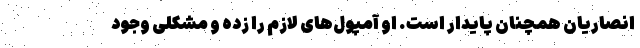
انصاریان همچنان پایدار است. او آمپول‌های لازم را زده و مشکلی وجود